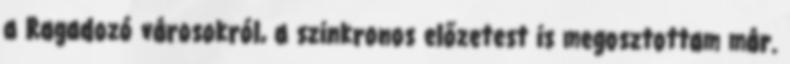
a Ragadozó városokról, a szinkronos előzetest is megosztottam már.